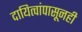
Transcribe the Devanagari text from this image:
दायित्वांपासूनही